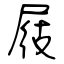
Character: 屐